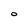
Character: O